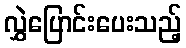
လွှဲပြောင်းပေးသည့်